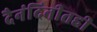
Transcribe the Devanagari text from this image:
दैनंदिनीतही